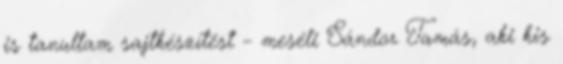
is tanultam sajtkészítést – meséli Sándor Tamás, aki kis